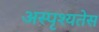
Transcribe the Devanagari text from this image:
अस्पृश्यतेस